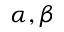
\alpha , \beta